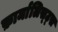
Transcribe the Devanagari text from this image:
फ़ार्मालिस्ट्स